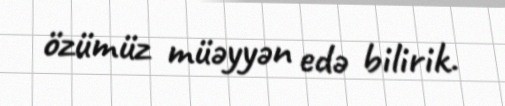
özümüz müəyyən edə bilirik.